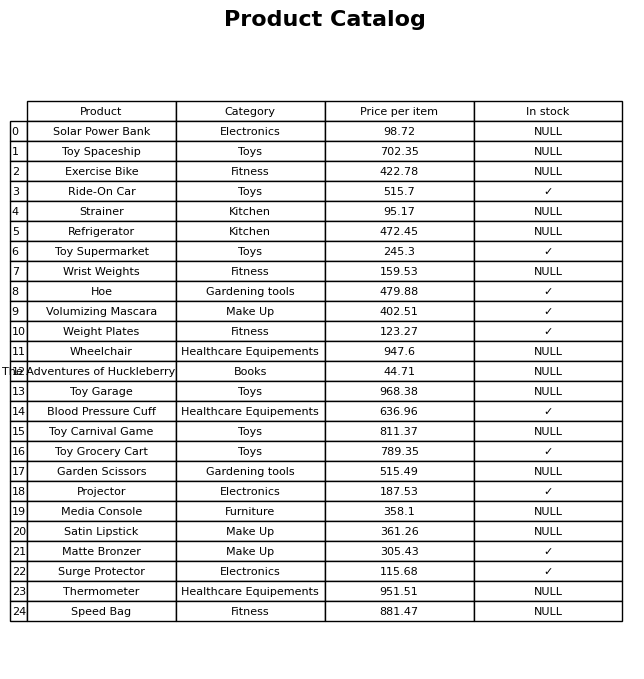
question: What is the stock status of the Ride-On Car?
answer: ✓